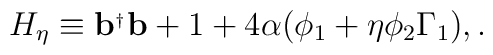
H_\eta \equiv {\bf b}^{_{\dagger }}{\bf b}+1+4\alpha (\phi _1+\eta \phi_2\Gamma _1),.